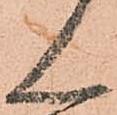
ん